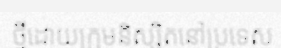
ថ្មីដោយក្រុមនិស្សិតនៅប្រទេស